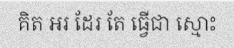
គិត អរ ដែរ តែ ធ្វើជា ស្មោះ